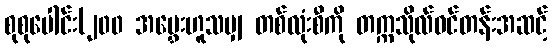
စုစုပေါင်း(၂၀၀ အမွှေးဟူသမျှ တစ်လုံးစီကို တက္ကသိုလ်ဝင်တန်းအဆင့်